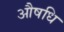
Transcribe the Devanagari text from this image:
औषधि